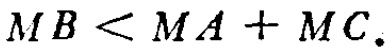
\(MB < MA + MC.\)